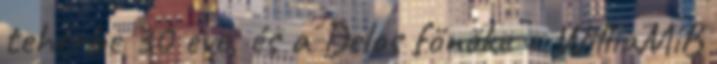
teherbe 30 éve, és a Delos főnöke = WilliaMiB